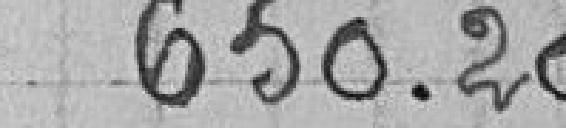
650.20